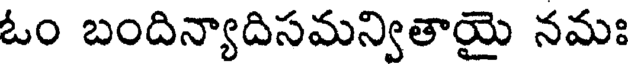
ఓం బందిన్యాదిసమన్వితాయై నమః